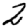
Digit: 2